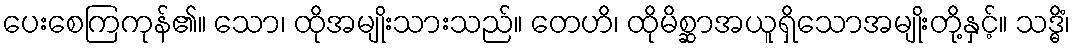
ပေးစေကြကုန်၏။ သော၊ ထိုအမျိုးသားသည်။ တေဟိ၊ ထိုမိစ္ဆာအယူရှိသောအမျိုးတို့နှင့်။ သဒ္ဓိံ၊